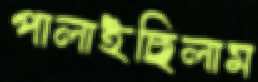
পালাইছিলাম